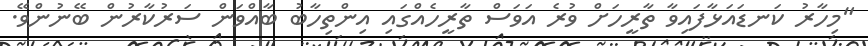
"މިހާރު ކަނޑައަޅާފައިވާ ތާރީހަށް ވުރެ އަވަސް ތާރީހެއްގައި އިންތިހާބު ބާއްވަން ސަރުކާރުން ބޭނުންވޭ.